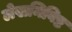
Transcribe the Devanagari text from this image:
लेखनिविष्ट